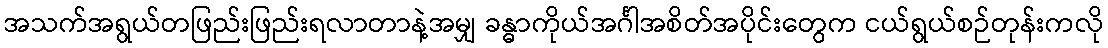
အသက်အရွယ်တဖြည်းဖြည်းရလာတာနဲ့အမျှ ခန္ဓာကိုယ်အင်္ဂါအစိတ်အပိုင်းတွေက ငယ်ရွယ်စဉ်တုန်းကလို